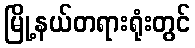
မြို့နယ်တရားရုံးတွင်